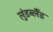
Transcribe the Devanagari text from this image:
लुंडब्लैंड